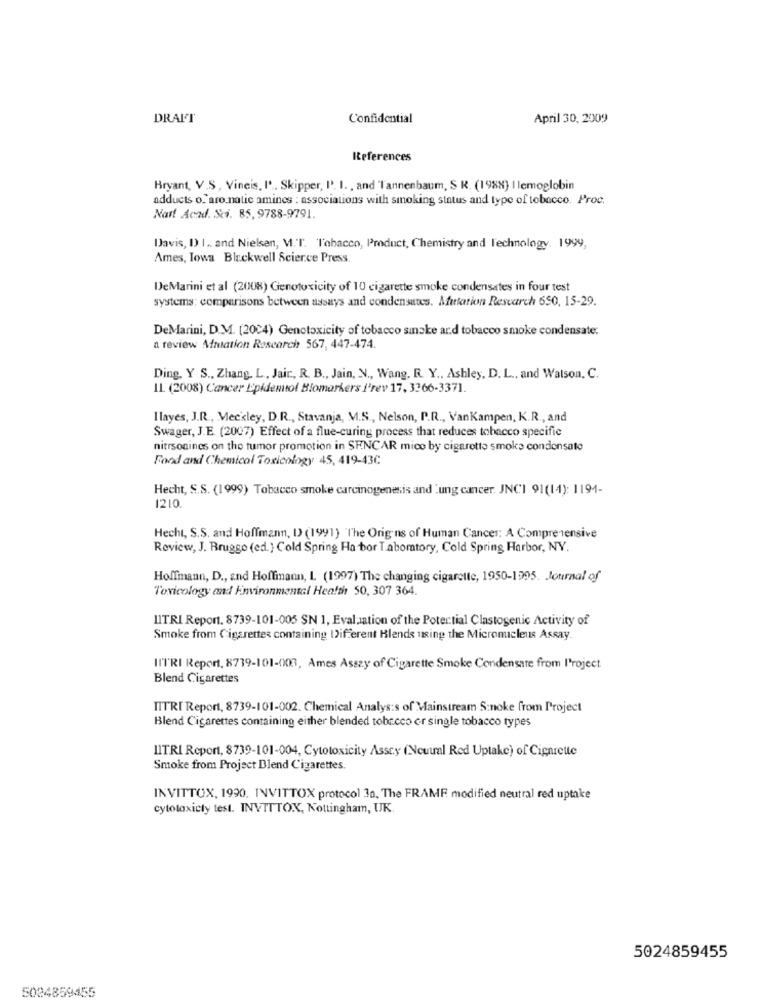
DRAFT
Confidential
April 30, 2009
References
Bryant, V.S, Vineis, I ... Skipper, P. I ., and Tannenbaum, $ R. (1988) I lemoglobin
adducts o." aro natie amines : associations with smoking status and type of tobacco. Proc.
Natt Acad. Sti. 85, 9788-9791.
Davis, DI .. and Nielsen, V.T. "Tobacco, Product, Chemistry and Technology. 1999,
Ames, Iowa Blackwell Science Press.
DeMarini et al (2008) Genotoxicity of 10 cigarette smoke condensates in four test
systems: comparisons between ussays and condensates. Mutation Research 650, 15-29.
DeMarini, D.M. (2004) Genotoxicity of tobacco sinske ard tobacco smoke condensate:
a review Mutation Research 567, 447-474.
Ding, Y S ., Zhang, L, Jair, R. B ., Jain, N ., Wang, R. Y ., Ashley, D. L ., and Watson, C.
IL (2008) Cancer Epidemiol Biomarkers I'rev 17, 3266-3371.
Ilayes, J.R ., Meckley, D.R ., Stavanja, M.S ., Nelson, P.R ., VanKampen, K.R ., and
Swager, J.E. (2007) Effect of a flue-curing process that reduces tobacco specific
nitrsonings on the tumor promotion in SENCAR mico by cigarette smoke condensate
Food and Chemical Toxicology 45, 419-43C
Hecht, S.S. (1999) Tobacco smoke carcinogenesis and 'ung cancer. JNCI 91(14): 1194-
1210
Hecht, S.S. and Hoffmann, D (1991) "The Origins of Human Cancer: A Comprehensive
Review, J. Brugge (ed.) Cold Spring Ha bor Tabomtory, Cold Spring Harbor, NY.
Hoffmann, D ., and Hoffmann, L (1997) The changing cigarette, 1950-1995. Journal of
Toxicology and Environmental Health 50, 307 364.
LITRI Report. 8739-101-005 SN 1, Evaluation of the Potertial Clastogenic Activity of
Smoke from Cigarettes containing Different Blends using the Micromicleus Assay.
IlTRI Report, 8739-101-003, Ames Asszy of Cigarette Smoke Condensate from IProject
Blend Cigarettes
TITRI Report, 8739-101-002. Chemical Analysis of Mainstream S:noke from Project
Blend Cigarettes containing either blended tobacco or single tobacco types
LITRI Report, 8739-101-004, Cytotoxicity Assc.y (Neutral Red Uptake) of Cigarette
Smoke from Project Blend Cigarettes.
INVITTOX, 1990. INVITTOX protocol 30, The FRAME modified neutral red uptake
cytotoxicly test. INVTTTOX, Nottingham, UK
5024859455
5024859455